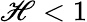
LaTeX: \mathscr{H}<1